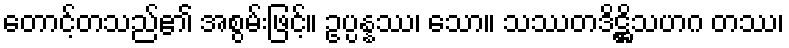
တောင့်တသည်၏ အစွမ်းဖြင့်။ ဥပ္ပန္နဿ၊ သော။ သဿတဒိဋ္ဌိသဟဂ တဿ၊